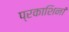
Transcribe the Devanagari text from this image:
प्रकाशिनां